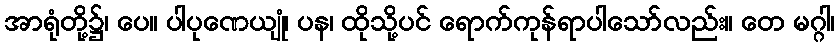
အာရုံတို့၌၊ ပေ။ ပါပုဏေယျုံ၊ ပန၊ ထိုသို့ပင် ရောက်ကုန်ရာပါသော်လည်း။ တေ မဂ္ဂါ၊